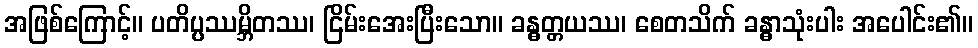
အဖြစ်ကြောင့်။ ပတိပ္ပဿမ္ဘိတဿ၊ ငြိမ်းအေးပြီးသော။ ခန္ဓတ္တယဿ၊ စေတသိက် ခန္ဓာသုံးပါး အပေါင်း၏။